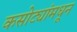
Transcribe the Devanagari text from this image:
कसोट्यांमधून